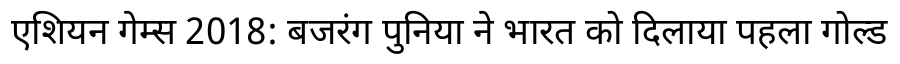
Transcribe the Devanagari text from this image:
एशियन गेम्स 2018: बजरंग पुनिया ने भारत को दिलाया पहला गोल्ड